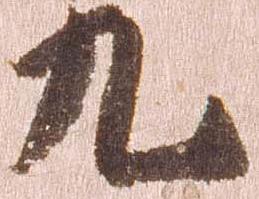
九